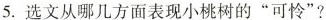
5.选文从哪儿方面表现小桃树的”可怜”?